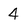
Character: 4